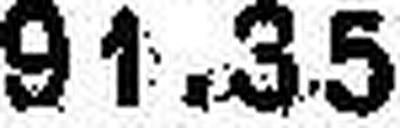
91.35